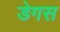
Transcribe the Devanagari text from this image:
डेगस